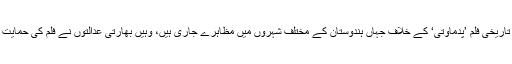
بولی وڈ کی آنے والی تاریخی فلم ’پدماوتی‘ کے خلاف جہاں ہندوستان کے مختلف شہروں میں مظاہرے جاری ہیں، وہیں بھارتی عدالتوں نے فلم کی حمایت میں فیصلے دیے ہیں۔